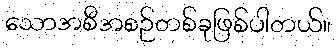
သောအစီအစဉ်တစ်ခုဖြစ်ပါတယ်။